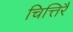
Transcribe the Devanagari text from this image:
चित्तिरै